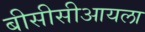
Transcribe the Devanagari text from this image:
बीसीसीआयला